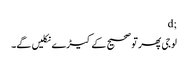
;d
لوجی پھر تو صحیح کے کیڑے نکلیں گے۔